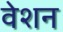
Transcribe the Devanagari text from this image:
वेशन